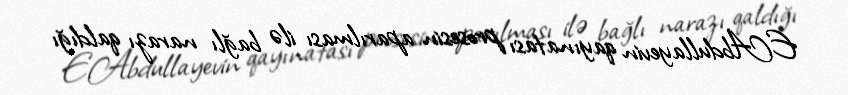
E.Abdullayevin qayınatası prosesin aparılması ilə bağlı narazı qaldığı